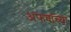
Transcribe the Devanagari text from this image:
अफवांच्या